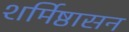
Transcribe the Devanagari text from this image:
शर्मिष्ठासन